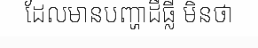
ដែលមានបញ្ហាដីធ្លី មិនថា